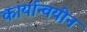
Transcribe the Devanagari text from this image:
कार्यान्वयीन